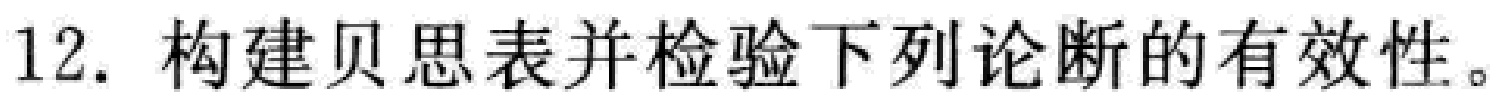
12. 构建贝思表并检验下列论断的有效性。